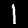
Digit: 1